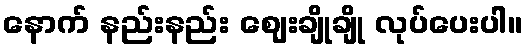
နောက် နည်းနည်း ဈေးချိုချို လုပ်ပေးပါ။